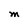
Character: M